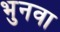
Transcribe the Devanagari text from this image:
भुनवा